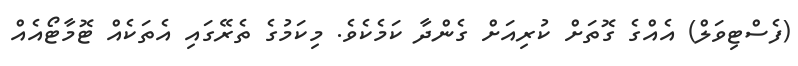
(ފެސްޓިވަލް) އެއްގެ ގޮތަށް ކުރިއަށް ގެންދާ ކަމެކެވެ. މިކަމުގެ ތެރޭގައި އެތަކެއް ޓޮމާޓޯއެއް